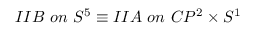
I I B ~ o n ~ S ^ { 5 } \equiv I I A ~ o n ~ C P ^ { 2 } \times S ^ { 1 }